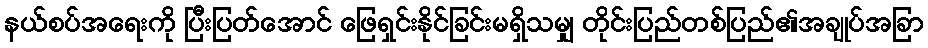
နယ်စပ်အရေးကို ပြီးပြတ်အောင် ဖြေရှင်းနိုင်ခြင်းမရှိသမျှ တိုင်းပြည်တစ်ပြည်၏အချုပ်အခြာ